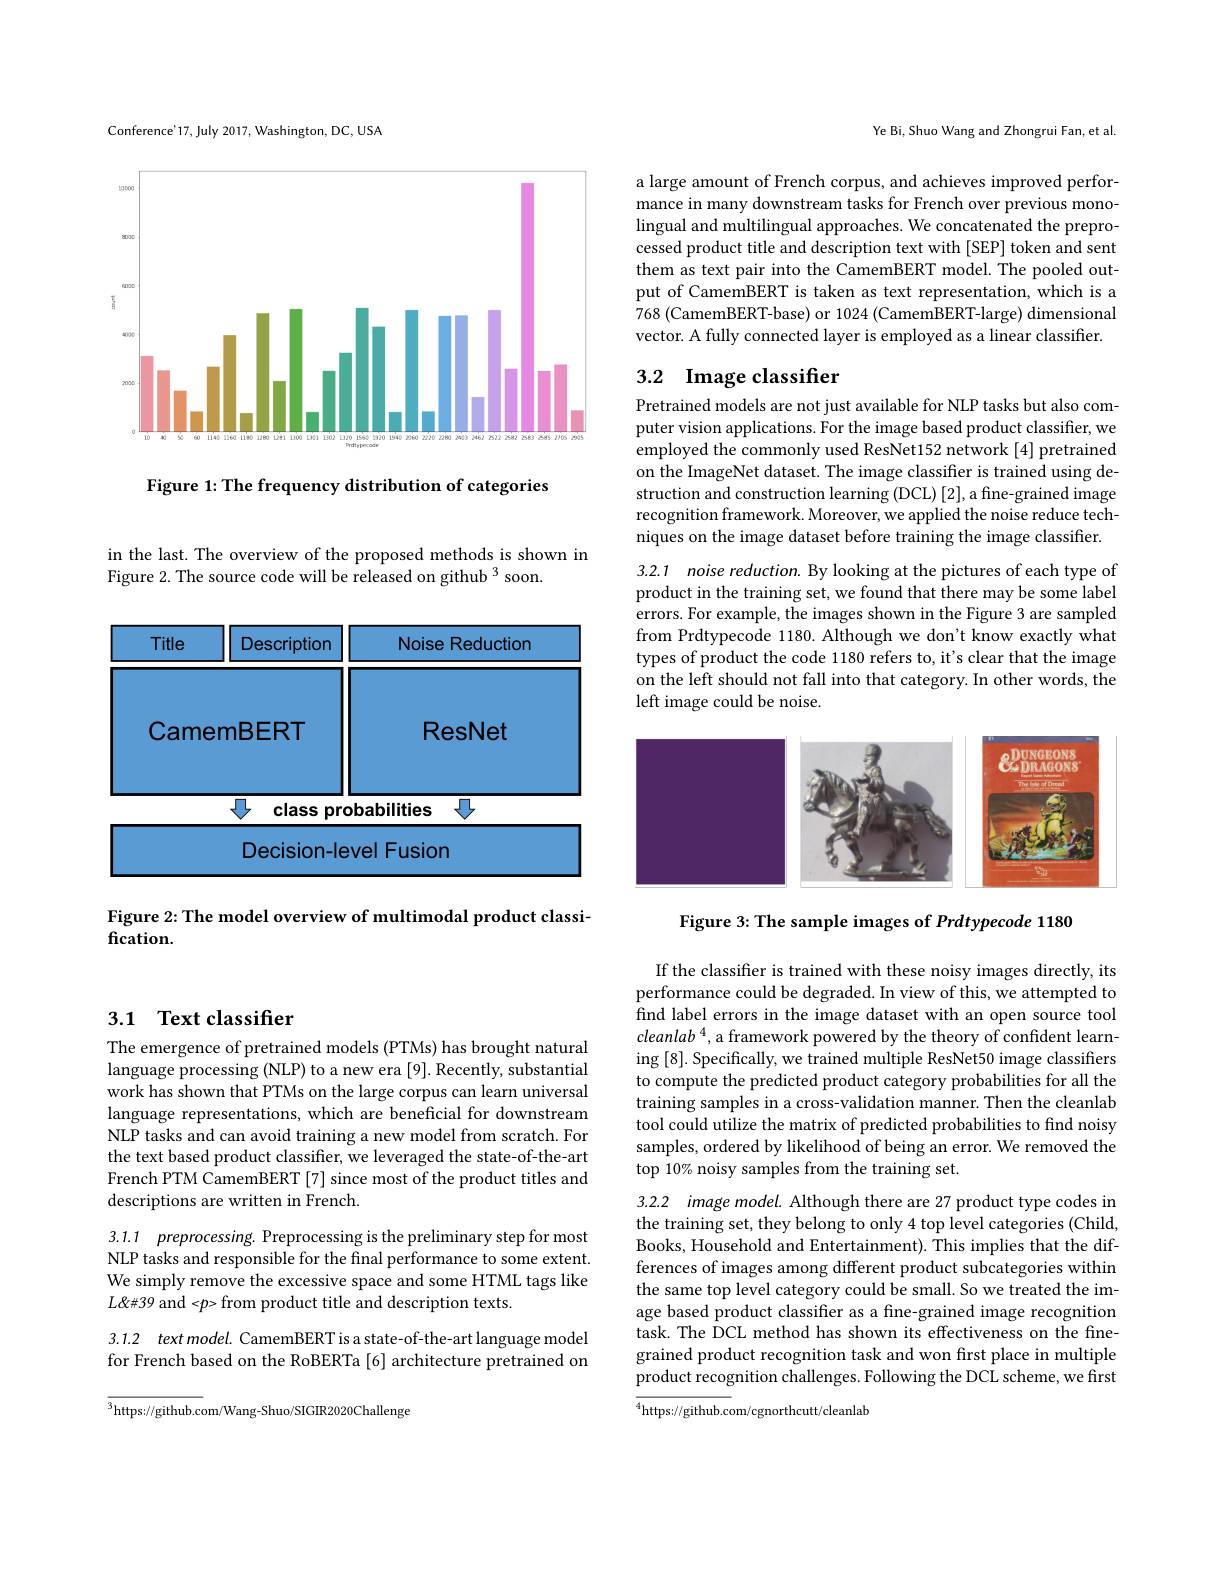
Conference'17, July 2017, Washington, DC, USA

<FigureHere>

Figure 1: The frequency distribution of categories

## 3.1 Text classifier

The emergence of pretrained models (PTMs) has brought natural language processing (NLP) to a new era [9]. Recently, substantial work has shown that PTMs on the large corpus can learn universal language representations, which are beneficial for downstream NLP tasks and can avoid training a new model from scratch. For the text based product classifier, we leveraged the state-of-the-art French PTM CamemBERT [7] since most of the product titles and descriptions are written in French.

3.1.1 preprocessing. Preprocessing is the preliminary step for most

NLP tasks and responsible for the final performance to some extent. We simply remove the excessive space and some HTML tags like $L\&\#39$ and <p> from product title and description texts.

3.1.2 text model. CamemBERT is a state-of-the-art language model for French based on the RoBERTa [6] architecture pretrained on

${\overline{^3}}{\mathrm{https://github.com/Wang-Shuo/SIGIR2020Challenge}}$

in the last. The overview of the proposed methods is shown in
Figure 2. The source code will be released on github $^{3}$soon.

<table>
	<tbody>
		<tr>
			<th>Title</th>
			<th>Description</th>
			<th>Noise Reduction</th>
		</tr>
		<tr>
			<td> </td>
			<td>Decision-lev</td>
			<td>Fusion el 1</td>
		</tr>
	</tbody>
</table>

Figure 2: The model overview of multimodal product classi-
fication.

Ye Bi, Shuo Wang and Zhongrui Fan, et al.

a large amount of French corpus, and achieves improved performance in many downstream tasks for French over previous monolingual and multilingual approaches. We concatenated the preprocessed product title and description text with [SEP] token and sent them as text pair into the CamemBERT model. The pooled output of CamemBERT is taken as text representation, which is a 768 (CamemBERT-base) or 1024 (CamemBERT-large) dimensional vector. A fully connected layer is employed as a linear classifier.

## 3.2 $\textbf{Image classifier}$

Pretrained models are not just available for NLP tasks but also computer vision applications. For the image based product classifier, we employed the commonly used ResNet152 network [4] pretrained on the ImageNet dataset. The image classifier is trained using destruction and construction learning (DCL) [2], a fine-grained image recognition framework. Moreover, we applied the noise reduce techniques on the image dataset before training the image classifier.

3.2.1 noise reduction. By looking at the pictures of each type of product in the training set, we found that there may be some label errors. For example, the images shown in the Figure 3 are sampled from Prdtypecode 1180. Although we don't know exactly what types of product the code 1180 refers to, it's clear that the image on the left should not fall into that category. In other words, the left image could be noise.

<FigureHere>

Figure 3: The sample images of Prdtypecode 1180

If the classifier is trained with these noisy images directly, its performance could be degraded. In view of this, we attempted to find label errors in the image dataset with an open source tool cleanlab $^4$,a framework powered by the theory of confident learning [8]. Specifically, we trained multiple ResNet50 image classifiers to compute the predicted product category probabilities for all the training samples in a cross-validation manner. Then the cleanlab tool could utilize the matrix of predicted probabilities to find noisy samples, ordered by likelihood of being an error. We removed the top 10$\%$ noisy samples from the training set.

3.2.2 image model. Although there are 27 product type codes in the training set, they belong to only 4 top level categories (Child, Books, Household and Entertainment). This implies that the differences of images among different product subcategories within the same top level category could be small. So we treated the image based product classifer as a fine-grained image recognition task. The DCL method has shown its effectiveness on the finegrained product recognition task and won first place in multiple product recognition challenges. Following the DCL scheme, we first

${\overline{^4\text{https://github.c}}}$om/cgnorthcutt/cleanlab